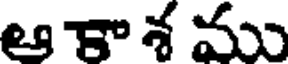
ఆకా శ ము